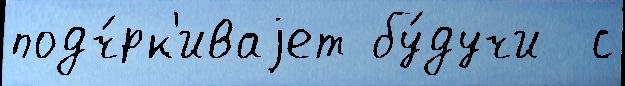
подч́рк'иваjет бу́дучи  с